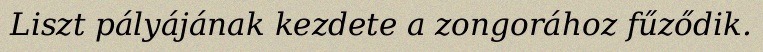
Liszt pályájának kezdete a zongorához fűződik.